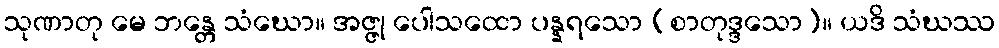
သုဏာတု မေ ဘန္တေ သံဃော။ အဇ္ဇု ပေါသထော ပန္နရသော (စာတုဒ္ဒသော)။ ယဒိ သံဃဿ